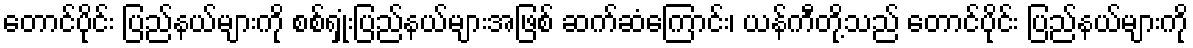
တောင်ပိုင်း ပြည်နယ်များကို စစ်ရှုံးပြည်နယ်များအဖြစ် ဆက်ဆံကြောင်း၊ ယန်ကီတို့သည် တောင်ပိုင်း ပြည်နယ်များကို